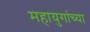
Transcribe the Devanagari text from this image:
महायुगांच्या